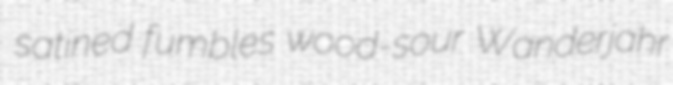
satined fumbles wood-sour Wanderjahr